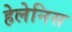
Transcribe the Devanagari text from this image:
हेलेनिस